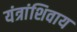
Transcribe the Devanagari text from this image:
यंत्रांशिवाय